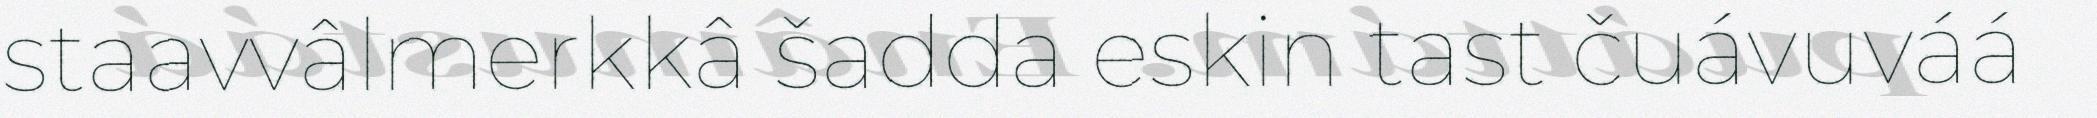
staavvâlmerkkâ šadda eskin tast čuávuváá